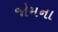
જોમના